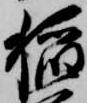
稲